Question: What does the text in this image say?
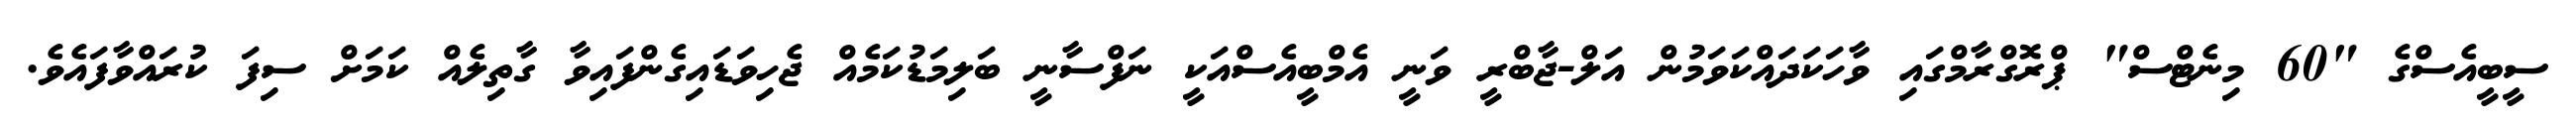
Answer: ސީބީއެސްގެ "60 މިނެޓްސް" ޕްރޮގްރާމްގައި ވާހަކަދައްކަވަމުން އަލް-ޖާބްރީ ވަނީ އެމްބީއެސްއަކީ ނަފްސާނީ ބަލިމަޑުކަމެއް ޖެހިވަޑައިގެންފައިވާ ގާތިލެއް ކަމަށް ސިފަ ކުރައްވާފައެވެ.